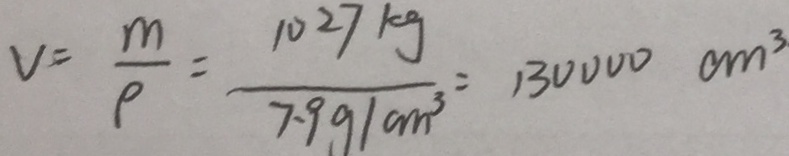
v = \frac { m } { \rho } = \frac { 1 0 2 7 k g } { 7 . 9 g / c m ^ { 3 } } = 1 3 0 0 0 0 c m ^ { 3 }